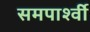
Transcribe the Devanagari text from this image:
समपार्श्वी